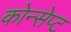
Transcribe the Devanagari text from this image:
कोन्सेप्ट